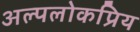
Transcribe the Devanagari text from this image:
अल्पलोकप्रिय